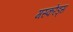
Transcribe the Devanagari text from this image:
मस्करेड्स